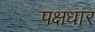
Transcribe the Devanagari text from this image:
पक्षधार